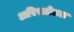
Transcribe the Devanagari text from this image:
अरिस्तोतल